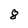
Character: 8